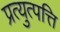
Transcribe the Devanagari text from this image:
प्रत्युत्पत्ति